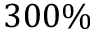
3 0 0 \%